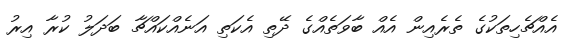
އެއްޗެހިތަކުގެ ތެރެއިން އެއް ބާވަތެއްގެ ދޭތި އެކަތި އަނެއްކައްޗާ ބަދަލު ކުރާ އިރު